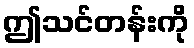
ဤသင်တန်းကို